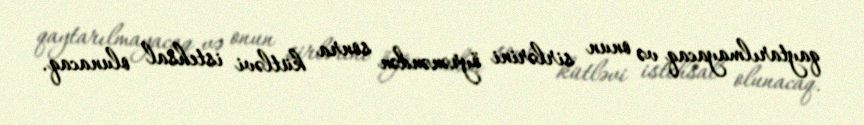
qaytarılmayacaq və onun sirlərini öyrənəndən sonra kütləvi istehsal olunacaq.